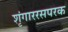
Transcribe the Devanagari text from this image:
शृंगाररसपरक